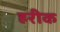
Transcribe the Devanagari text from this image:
हरीक